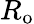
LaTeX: R_{\mathrm{o}}